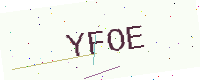
Text: YFOE